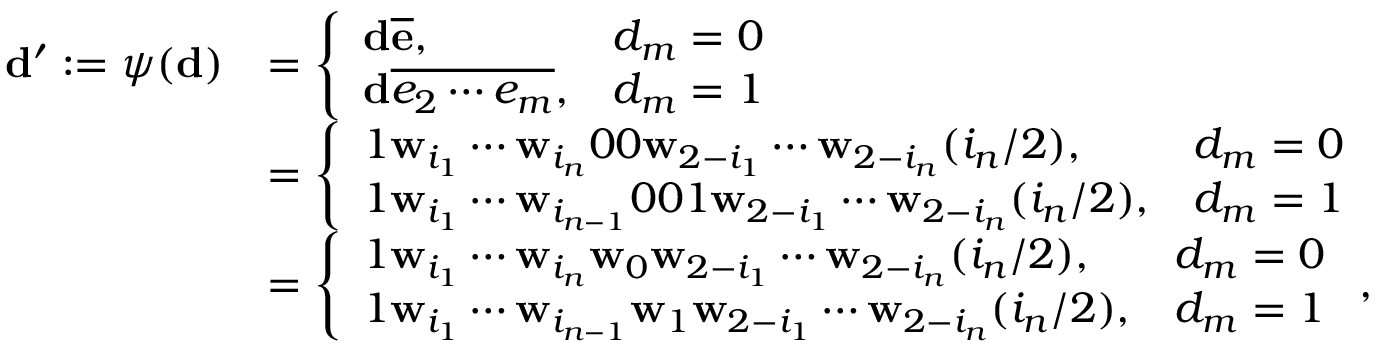
\begin{array} { r l } { \mathbf d ^ { \prime } : = \psi ( \mathbf d ) } & { = \left\{ \begin{array} { l l } { \mathbf d \overline { { \mathbf e } } , } & { d _ { m } = 0 } \\ { \mathbf d \overline { { e _ { 2 } \cdots e _ { m } } } , } & { d _ { m } = 1 } \end{array} \right. } \\ & { = \left\{ \begin{array} { l l } { 1 \mathbf w _ { i _ { 1 } } \cdots \mathbf w _ { i _ { n } } 0 0 \mathbf w _ { 2 - i _ { 1 } } \cdots \mathbf w _ { 2 - i _ { n } } ( i _ { n } / 2 ) , } & { d _ { m } = 0 } \\ { 1 \mathbf w _ { i _ { 1 } } \cdots \mathbf w _ { i _ { n - 1 } } 0 0 1 \mathbf w _ { 2 - i _ { 1 } } \cdots \mathbf w _ { 2 - i _ { n } } ( i _ { n } / 2 ) , } & { d _ { m } = 1 } \end{array} \right. } \\ & { = \left\{ \begin{array} { l l } { 1 \mathbf w _ { i _ { 1 } } \cdots \mathbf w _ { i _ { n } } \mathbf w _ { 0 } \mathbf w _ { 2 - i _ { 1 } } \cdots \mathbf w _ { 2 - i _ { n } } ( i _ { n } / 2 ) , } & { d _ { m } = 0 } \\ { 1 \mathbf w _ { i _ { 1 } } \cdots \mathbf w _ { i _ { n - 1 } } \mathbf w _ { 1 } \mathbf w _ { 2 - i _ { 1 } } \cdots \mathbf w _ { 2 - i _ { n } } ( i _ { n } / 2 ) , } & { d _ { m } = 1 } \end{array} \right. , } \end{array}